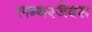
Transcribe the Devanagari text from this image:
लम्बरजैक्स